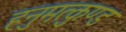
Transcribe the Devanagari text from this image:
हनुमत्कुण्ड